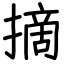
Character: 摘